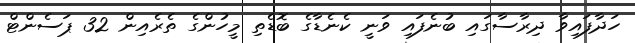
ހަދާފައިވާ ދިރާސާގައި ބުނެފައި ވަނީ ކެނެޑާގެ ބޮޑެތި މީހުންގެ ތެރެއިން 32 ޕަސެންޓް